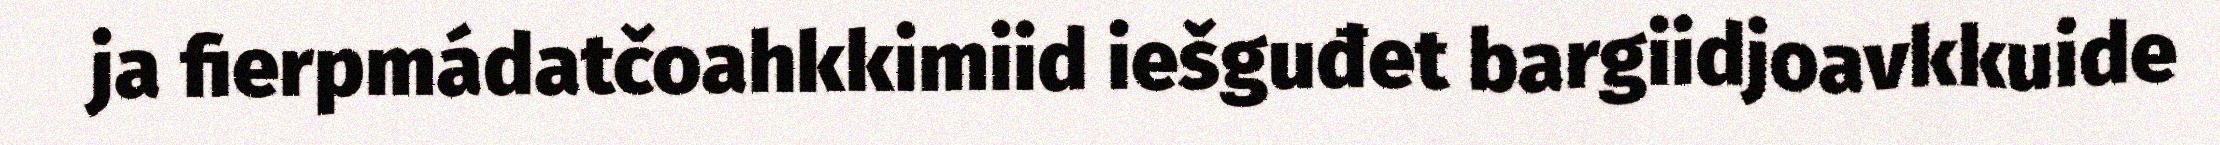
ja fierpmádatčoahkkimiid iešguđet bargiidjoavkkuide